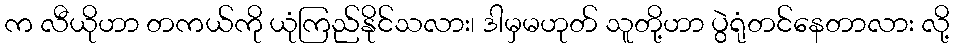
က လီယိုဟာ တကယ်ကို ယုံကြည်နိုင်သလား၊ ဒါမှမဟုတ် သူတို့ဟာ ပွဲရုံတင်နေတာလား လို့